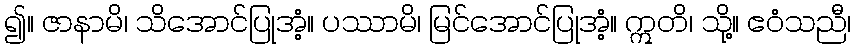
၍။ ဇာနာမိ၊ သိအောင်ပြုအံ့။ ပဿာမိ၊ မြင်အောင်ပြုအံ့။ ဣတိ၊ သို့။ ဧဝံသညီ၊